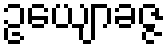
ဥယျောခဇ္ဇ